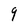
Character: 9